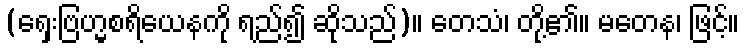
(ရှေးဗြဟ္မစရိယေနကို ရည်၍ ဆိုသည်)။ တေသံ၊ တို့၏။ မတေန၊ ဖြင့်။